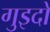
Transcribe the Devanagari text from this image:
गुइदो